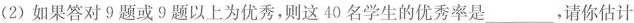
(2)如果答对9题或9题以上为优秀，则这40名学生的优秀率是___,请你估计